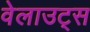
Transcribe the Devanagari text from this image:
वेलाउट्स